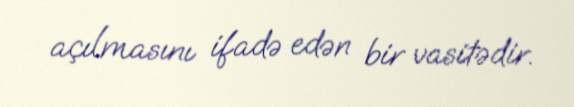
açılmasını ifadə edən bir vasitədir.